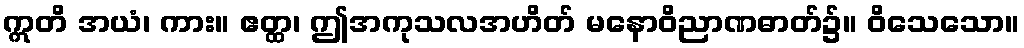
ဣတိ အယံ၊ ကား။ ဧတ္ထ၊ ဤအကုသလအဟိတ် မနောဝိညာဏဓာတ်၌။ ဝိသေသော။